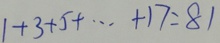
1 + 3 + 5 + \cdots + 1 7 = 8 1